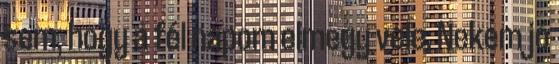
sem, hogy a fél napom elmegy vele. Nekem jó